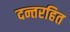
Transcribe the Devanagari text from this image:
दन्तरहित